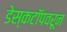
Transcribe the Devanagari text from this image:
डेस्कटॉपवरून